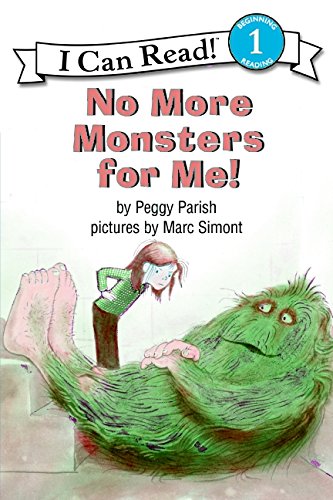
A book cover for No More Monsters for Me! (I Can Read Level 1); Peggy Parish; Children's Books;